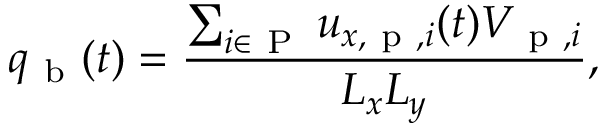
q _ { \mathrm { ~ b ~ } } ( t ) = \frac { \sum _ { i \in \mathrm { ~ P ~ } } u _ { x , \mathrm { ~ p ~ } , i } ( t ) V _ { \mathrm { ~ p ~ } , i } } { L _ { x } L _ { y } } ,